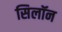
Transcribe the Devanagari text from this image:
सिलॉन